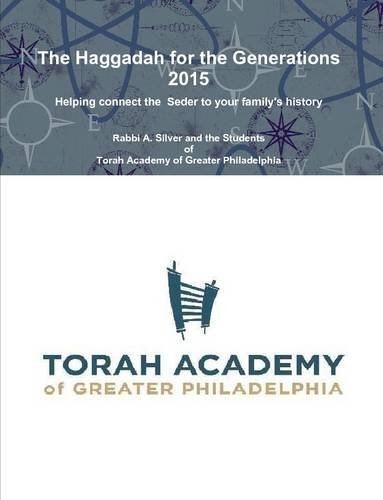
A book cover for The Haggadah for the Generations 2015; Aryeh Silver; Religion & Spirituality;